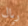
ريال